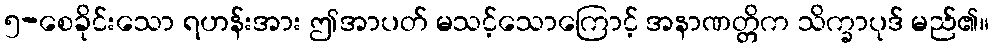
၅-စေခိုင်းသော ရဟန်းအား ဤအာပတ် မသင့်သောကြောင့် အနာဏတ္တိက သိက္ခာပုဒ် မည်၏။